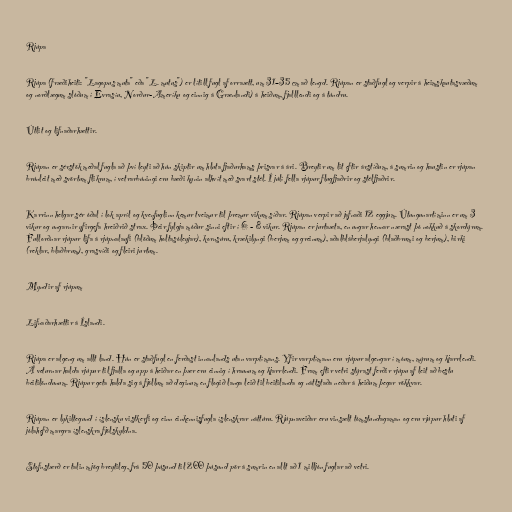
Rjúpa

Rjúpa (fræðiheiti: "Lagopus muta" eða "L. mutus") er lítill fugl af orraætt, um 31–35 cm að lengd. Rjúpan er staðfugl og verpir á heimskautasvæðum
og norðlægum slóðum í Evrasíu, Norður-Ameríku og einnig á Grænlandi) á heiðum, fjalllendi og á túndru.

Útlit og lifnaðarhættir.

Rjúpan er sérstök meðal fugla að því leyti að hún skiptir um hluta fjaðurhams þrisvar á ári. Breytir um lit eftir árstíðum, á sumrin og haustin er rjúpan
brúnleit með svörtum flikrum, í vetrarbúningi eru bæði kynin alhvít með svart stél. Í júlí fella rjúpur flugfjaðrir og stélfjaðrir.

Karrinn helgar sér óðal í lok apríl og kvenfuglinn kemur tveimur til þremur vikum síðar. Rjúpan verpir að jafnaði 12 eggjum. Útungunartíminn er um 3
vikur og ungarnir yfirgefa hreiðrið strax. Þeir fylgja móður sinni eftir í 6 - 8 vikur. Rjúpan er jurtaæta, en ungar hennar nærast þó nokkuð á skordýrum.
Fullorðnar rjúpur lifa á rjúpnalaufi (blöðum holtasóleyjar), kornsúru, krækilyngi (berjum og greinum), aðalbláberjalyngi (blaðbrumi og berjum), birki
(reklar, blaðbrum), grasvíði og fleiri jurtum.

Myndir af rjúpum

Lifnaðarhættir á Íslandi.

Rjúpa er algeng um allt land. Hún er staðfugl en ferðast innanlands utan varptímans. Yfir varptímann eru rjúpur algengar í móum, mýrum og kjarrlendi.
Á veturnar halda rjúpur til fjalla og upp á heiðar en þær eru einnig í hraunum og kjarrlendi. Fram eftir vetri stýrast ferðir rjúpu af leit að bestu
beitilöndunum. Rjúpur geta halda sig á fjöllum að deginum en flogið langa leið til beitilanda og náttstaða neðar á heiðum þegar rökkvar.

Rjúpan er lykiltegund í íslensku vistkerfi og einn einkennisfugla íslenskrar náttúru. Rjúpnaveiðar eru vinsælt tómstundagaman og eru rjúpur hluti af
jólahefð margra íslenskra fjölskyldna.

Stofnstærð er talin mjög breytileg, frá 50 þúsund til 200 þúsund pör á sumrin en allt að 1 milljón fuglar að vetri.